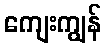
ကျေးကျွန်